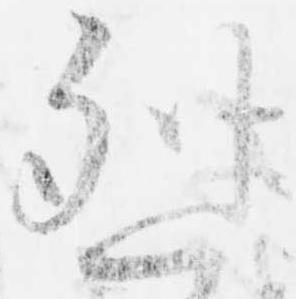
烈